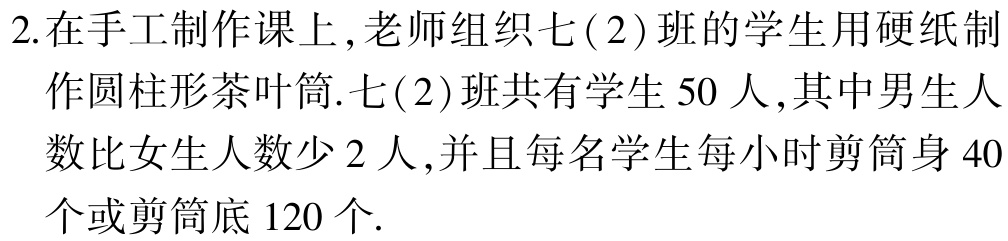
2.在手工制作课上,老师组织七(2)班的学生用硬纸制

作圆柱形茶叶筒.七(2)班共有学生$50$人,其中男生人

数比女生人数少$2$人,并且每名学生每小时剪筒身$40$

个或剪筒底$120$个.